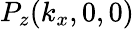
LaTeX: P_{z}(k_{x},0,0)